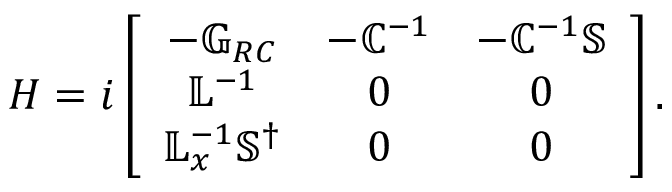
H = i \left[ \begin{array} { c c c } { - \mathbb { G } _ { R C } } & { - \mathbb { C } ^ { - 1 } } & { - \mathbb { C } ^ { - 1 } \mathbb { S } } \\ { \mathbb { L } ^ { - 1 } } & { 0 } & { 0 } \\ { \mathbb { L } _ { x } ^ { - 1 } \mathbb { S } ^ { \dagger } } & { 0 } & { 0 } \end{array} \right] .